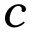
c